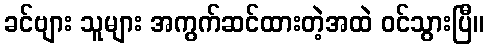
ခင်ဗျား သူများ အကွက်ဆင်ထားတဲ့အထဲ ဝင်သွားပြီ။